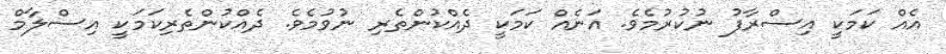
އެއް ކަމަކީ އިސްރާފު ނުކުރުމެވެ. އަނެއް ކަމަކީ ދެއްކުންތެރި ނުވުމެވެ. ދެއްކުންތެރިކަމަކީ އިސްލާމް